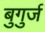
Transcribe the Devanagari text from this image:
बुगुर्ज